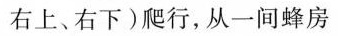
右上、右下)爬行，从一间蜂房